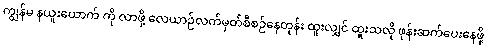
ကျွန်မ နယူးယောက် ကို လာဖို့ လေယာဉ်လက်မှတ်စီစဉ်နေတုန်း ထူးလျှင် ထူးသလို ဖုန်းဆက်ပေးနေဖို့